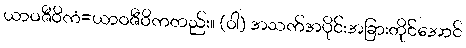
ယာဝဇီဝိကံ=ယာဝဇီဝိကတည်း။ (ဝါ) အသက်အပိုင်းအခြားတိုင်အောင်